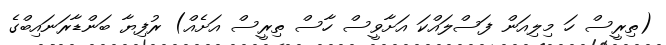
(ތިރީސް ހަ މިލިއަން ފަސްލައްކަ އަށާވީސް ހާސް ތިރީސް އަށެއް) ރުފިޔާ ބަންޑާރަނައިބްގެ